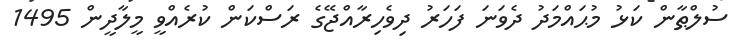
ސުލްޠާން ކަޅު މުޙައްމަދު ދެވަނަ ފަހަރު ދިވެހިރާއްޖޭގެ ރަސްކަން ކުރެއްވީ މީލާދީން 1495